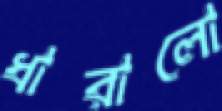
ধারালো